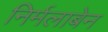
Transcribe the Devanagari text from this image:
निर्मलाबेन